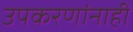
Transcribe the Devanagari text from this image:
उपकरणांनाही